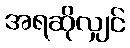
အရဆိုလျှင်